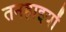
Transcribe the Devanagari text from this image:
तनहाइयों